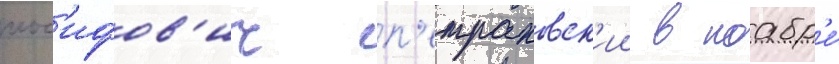
иос'ифов'ич п'етраковск'ии в ноабр'е́